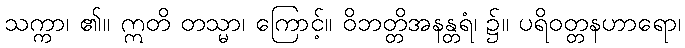
သက္ကာ၊ ၏။ ဣတိ တသ္မာ၊ ကြောင့်။ ဝိဘတ္တိအနန္တရံ၊ ၌။ ပရိဝတ္တနဟာရော၊